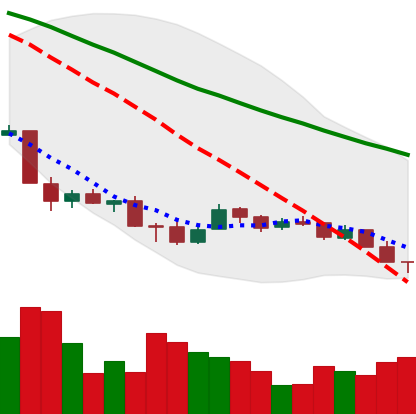
Ticker: XMR-USD
Chart end date: 2018-12-07
Forward return: -5.437%
Label: down_5_7